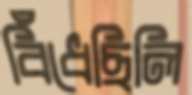
বিঁধেছিলি